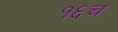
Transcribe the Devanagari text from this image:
१६च